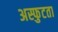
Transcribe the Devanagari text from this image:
अस्फुटता